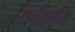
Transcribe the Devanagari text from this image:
क्लेशादि